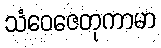
သံဝေဇေတုကာမာ